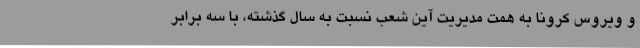
و ویروس کرونا به همت مدیریت آین شعب نسبت به سال گذشته، با سه برابر